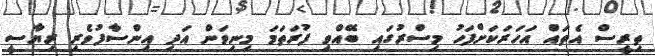
ތިރީސް އެތައް އަހަރަކަށްފަހު މިސްރުގައި ބޭއްވި ފުރަތަމަ މިނިވަން އަދި އިންސާފުވެރި ރިޔާސީ